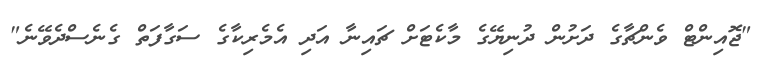
"ޖޮއިންޓް ވެންޗާގެ ދަށުން ދުނިޔޭގެ މާކެޓަށް ޗައިނާ އަދި އެމެރިކާގެ ސަގާފަތް ގެނެސްދެވޭނެ"